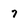
Character: 7